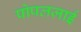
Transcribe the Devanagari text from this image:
पोपलज़ाई